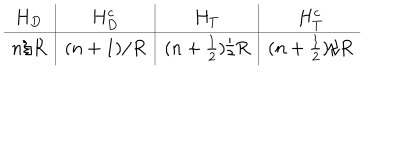
LaTeX: \begin{array} { c | c | c | c } { { H _ { D } } } & { { H _ { D } ^ { c } } } & { { H _ { T } } } & { { H _ { T } ^ { c } } } \\ \hline { { n / R } } & { { ( n + 1 ) / R } } & { { ( n + \frac { 1 } { 2 } ) / R } } & { { ( n + \frac { 1 } { 2 } ) / R } } \\ \end{array}